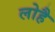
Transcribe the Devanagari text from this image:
लोहै